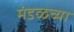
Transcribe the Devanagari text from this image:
मंडळच्या